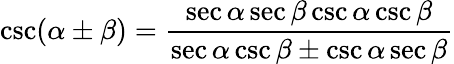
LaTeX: \csc(\alpha\pm\beta)={\frac{\sec\alpha\sec\beta\csc\alpha\csc\beta}{\sec\alpha\csc\beta\pm\csc\alpha\sec\beta}}